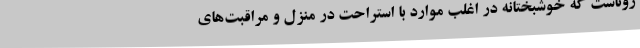
روناست که خوشبختانه در اغلب موارد با استراحت در منزل و مراقبت‌های